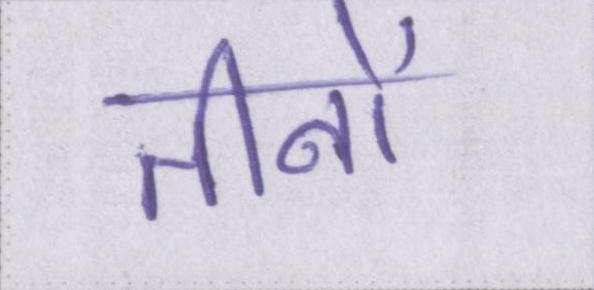
तीनों